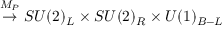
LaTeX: \stackrel { M _ { P } } { \rightarrow } S U ( 2 ) _ { L } \times S U ( 2 ) _ { R } \times U ( 1 ) _ { B - L }